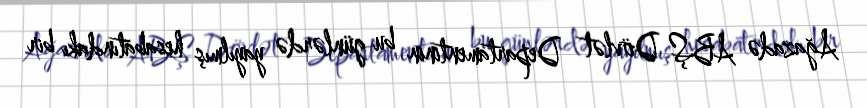
Ağazadə ABŞ Dövlət Departamentinin bu günlərdə yayılmış hesabatındakı bir